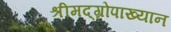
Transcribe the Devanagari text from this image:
श्रीमद्‌ग्रोपाख्यान